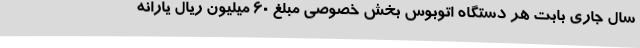
سال جاری بابت هر دستگاه اتوبوس بخش خصوصی مبلغ 60 میلیون ریال یارانه